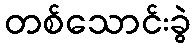
တစ်သောင်းခွဲ